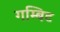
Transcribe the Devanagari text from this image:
गम्बिट